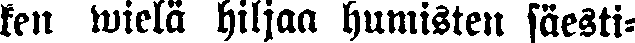
ken wielä hiljaa humisten säesti-